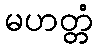
မဟတ္တံ